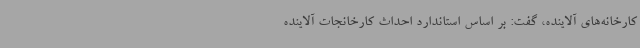
کارخانه‌های آلاینده، گفت: بر اساس استاندارد احداث کارخانجات آلاینده